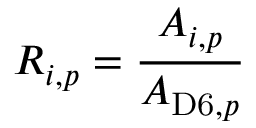
R _ { i , p } = \frac { A _ { i , p } } { A _ { \mathrm { D 6 } , { p } } }